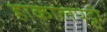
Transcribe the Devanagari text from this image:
हाकालपट्टी